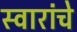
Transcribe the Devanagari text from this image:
स्वारांचे